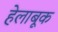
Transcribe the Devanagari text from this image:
हेलाबूक